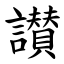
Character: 讃